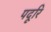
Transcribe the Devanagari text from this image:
पदूरि